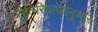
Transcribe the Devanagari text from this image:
रीतिरिवाजानुसार